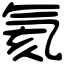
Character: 氦